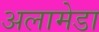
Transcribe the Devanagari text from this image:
अलामेडा